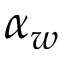
\alpha _ { w }